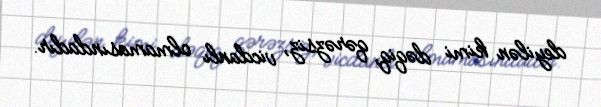
deyilən kimi dəqiq, qərəzsiz, vicdanlı olmamasındadır.